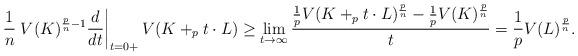
LaTeX: \begin{align*}\frac{1}{n} \left . V(K)^{\frac{p}{n}-1} \frac{d}{dt} \right |_{t=0+} V(K +_p t \cdot L) \geq \lim_{t\rightarrow \infty} \frac{\frac{1}{p} V(K +_p t \cdot L)^{\frac{p}{n}} - \frac{1}{p}V(K)^{\frac{p}{n}}}{t} = \frac{1}{p} V(L)^{\frac{p}{n}} .\end{align*}